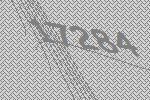
17284